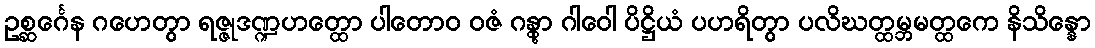
ဥစ္ဆင်္ဂေန ဂဟေတွာ ရဇ္ဇုဒဏ္ဍဟတ္ထော ပါတောဝ ဝဇံ ဂန္တွာ ဂါဝေါ ပိဋ္ဌိယံ ပဟရိတွာ ပလိဃတ္ထမ္ဘမတ္ထကေ နိသိန္နော